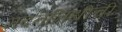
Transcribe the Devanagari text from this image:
मदतनिधीची